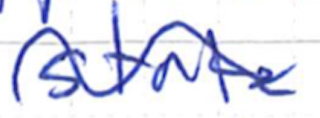
Text: state
Cross-out: mix
Writing tool: ballpoint